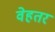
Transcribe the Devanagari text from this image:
वेहतर